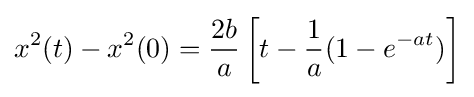
x^{2}(t)-x^{2}(0)={\frac {2b}{a}}\left[t-{\frac {1}{a}}(1-e^{-at})\right]